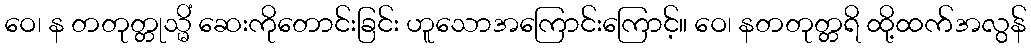
ဝေ၊ န တတုတ္တုသ္မိံ ဆေးကိုတောင်းခြင်း ဟူသောအကြောင်းကြောင့်။ ဝေ၊ နတတုတ္တရိ ထို့ထက်အလွန်